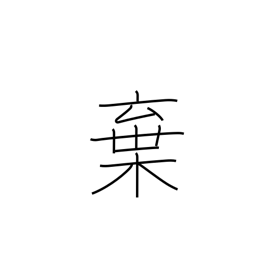
Meaning: discard